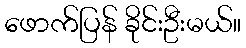
ဖောက်ပြန် ခိုင်းဦးမယ်။